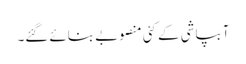
آبپاشی کے کئی منصوبے بنائے گئے۔